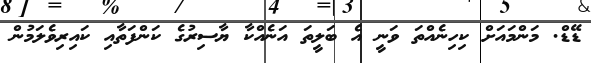
ޑޭޑް. މަންމައަށް ކިހިނެއްތަ ވަނީ އެ ބަލީތަ އަނެއްކާ ޔާސިރުގެ ކަންފަތާއި ކައިރިވެލަމުން